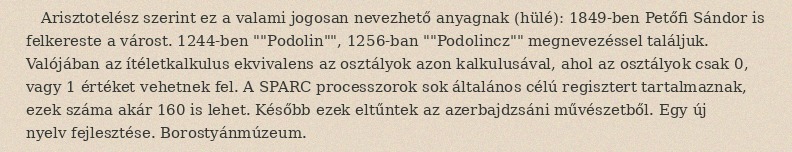
Arisztotelész szerint ez a valami jogosan nevezhető anyagnak (hülé): 1849-ben Petőfi Sándor is felkereste a várost. 1244-ben ""Podolin"", 1256-ban ""Podolincz"" megnevezéssel találjuk. Valójában az ítéletkalkulus ekvivalens az osztályok azon kalkulusával, ahol az osztályok csak 0, vagy 1 értéket vehetnek fel. A SPARC processzorok sok általános célú regisztert tartalmaznak, ezek száma akár 160 is lehet. Később ezek eltűntek az azerbajdzsáni művészetből. Egy új nyelv fejlesztése. Borostyánmúzeum.